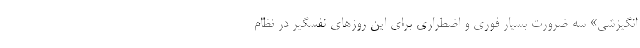
انگیزشی» سه ضرورت بسیار فوری و اضطراری برای این روزهای نفسگیر در نظام